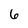
Character: 6